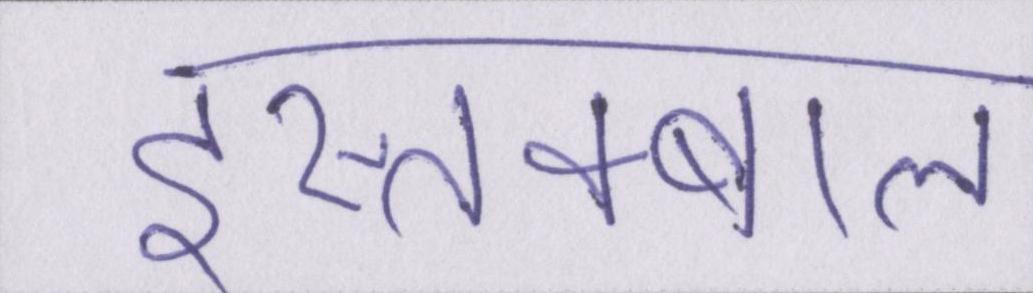
इस्तक्बाल